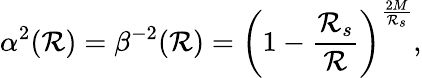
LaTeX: \alpha^{2}(\mathcal{R})=\beta^{-2}(\mathcal{R})=\left(1-{\frac{{\mathcal{R}_{s}}}{{\mathcal{R}}}}\right)^{\frac{{2M}}{{\mathcal{R}_{s}}}},